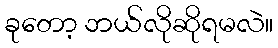
ခုတော့ ဘယ်လိုဆိုရမလဲ။